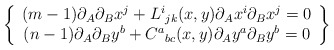
\begin{align*}\left\{ \begin{array}{c}(m-1)\partial _A\partial _Bx^j+L^i{}_{jk}(x,y)\partial _Ax^i\partial _Bx^j=0\\ (n-1)\partial _A\partial _By^b+C^a{}_{bc}(x,y)\partial _Ay^a\partial _By^b=0 \end{array}\right\}\end{align*}